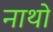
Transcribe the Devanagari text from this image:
नाथो